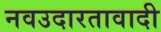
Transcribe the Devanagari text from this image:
नवउदारतावादी